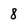
Character: 8